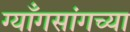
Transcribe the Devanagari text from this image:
ग्याँगसांगच्या